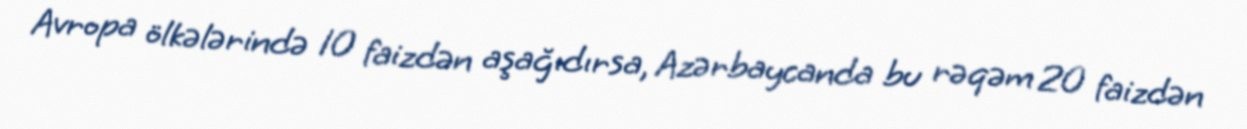
Avropa ölkələrində 10 faizdən aşağıdırsa, Azərbaycanda bu rəqəm 20 faizdən